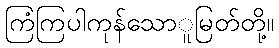
ကြံကြပါကုန်သောူမြတ်တို့။